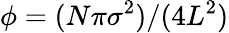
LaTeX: \phi=(N\pi\sigma^{2})/(4L^{2})